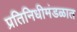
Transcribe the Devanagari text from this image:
प्रतिनिधीमंडळात